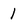
Character: 1